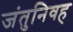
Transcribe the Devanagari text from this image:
जंतुनिवह